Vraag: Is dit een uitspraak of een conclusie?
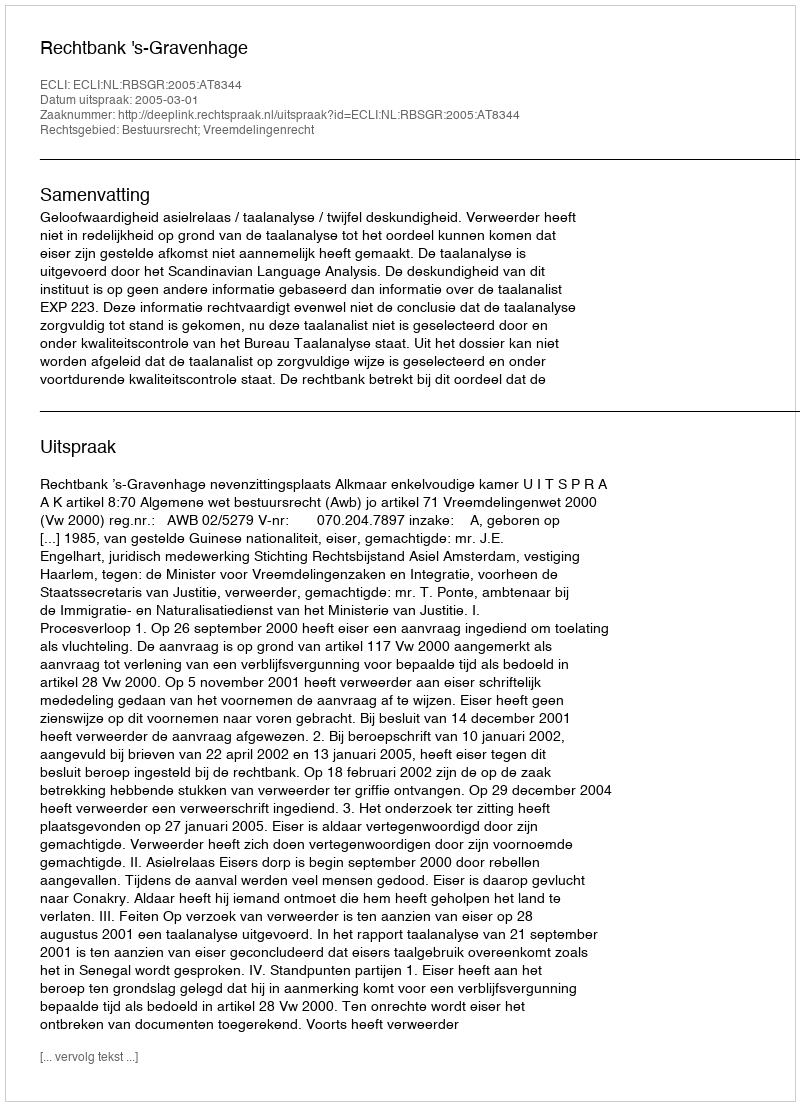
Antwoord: Uitspraak